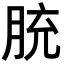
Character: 𦚳